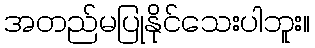
အတည်မပြုနိုင်သေးပါဘူး။